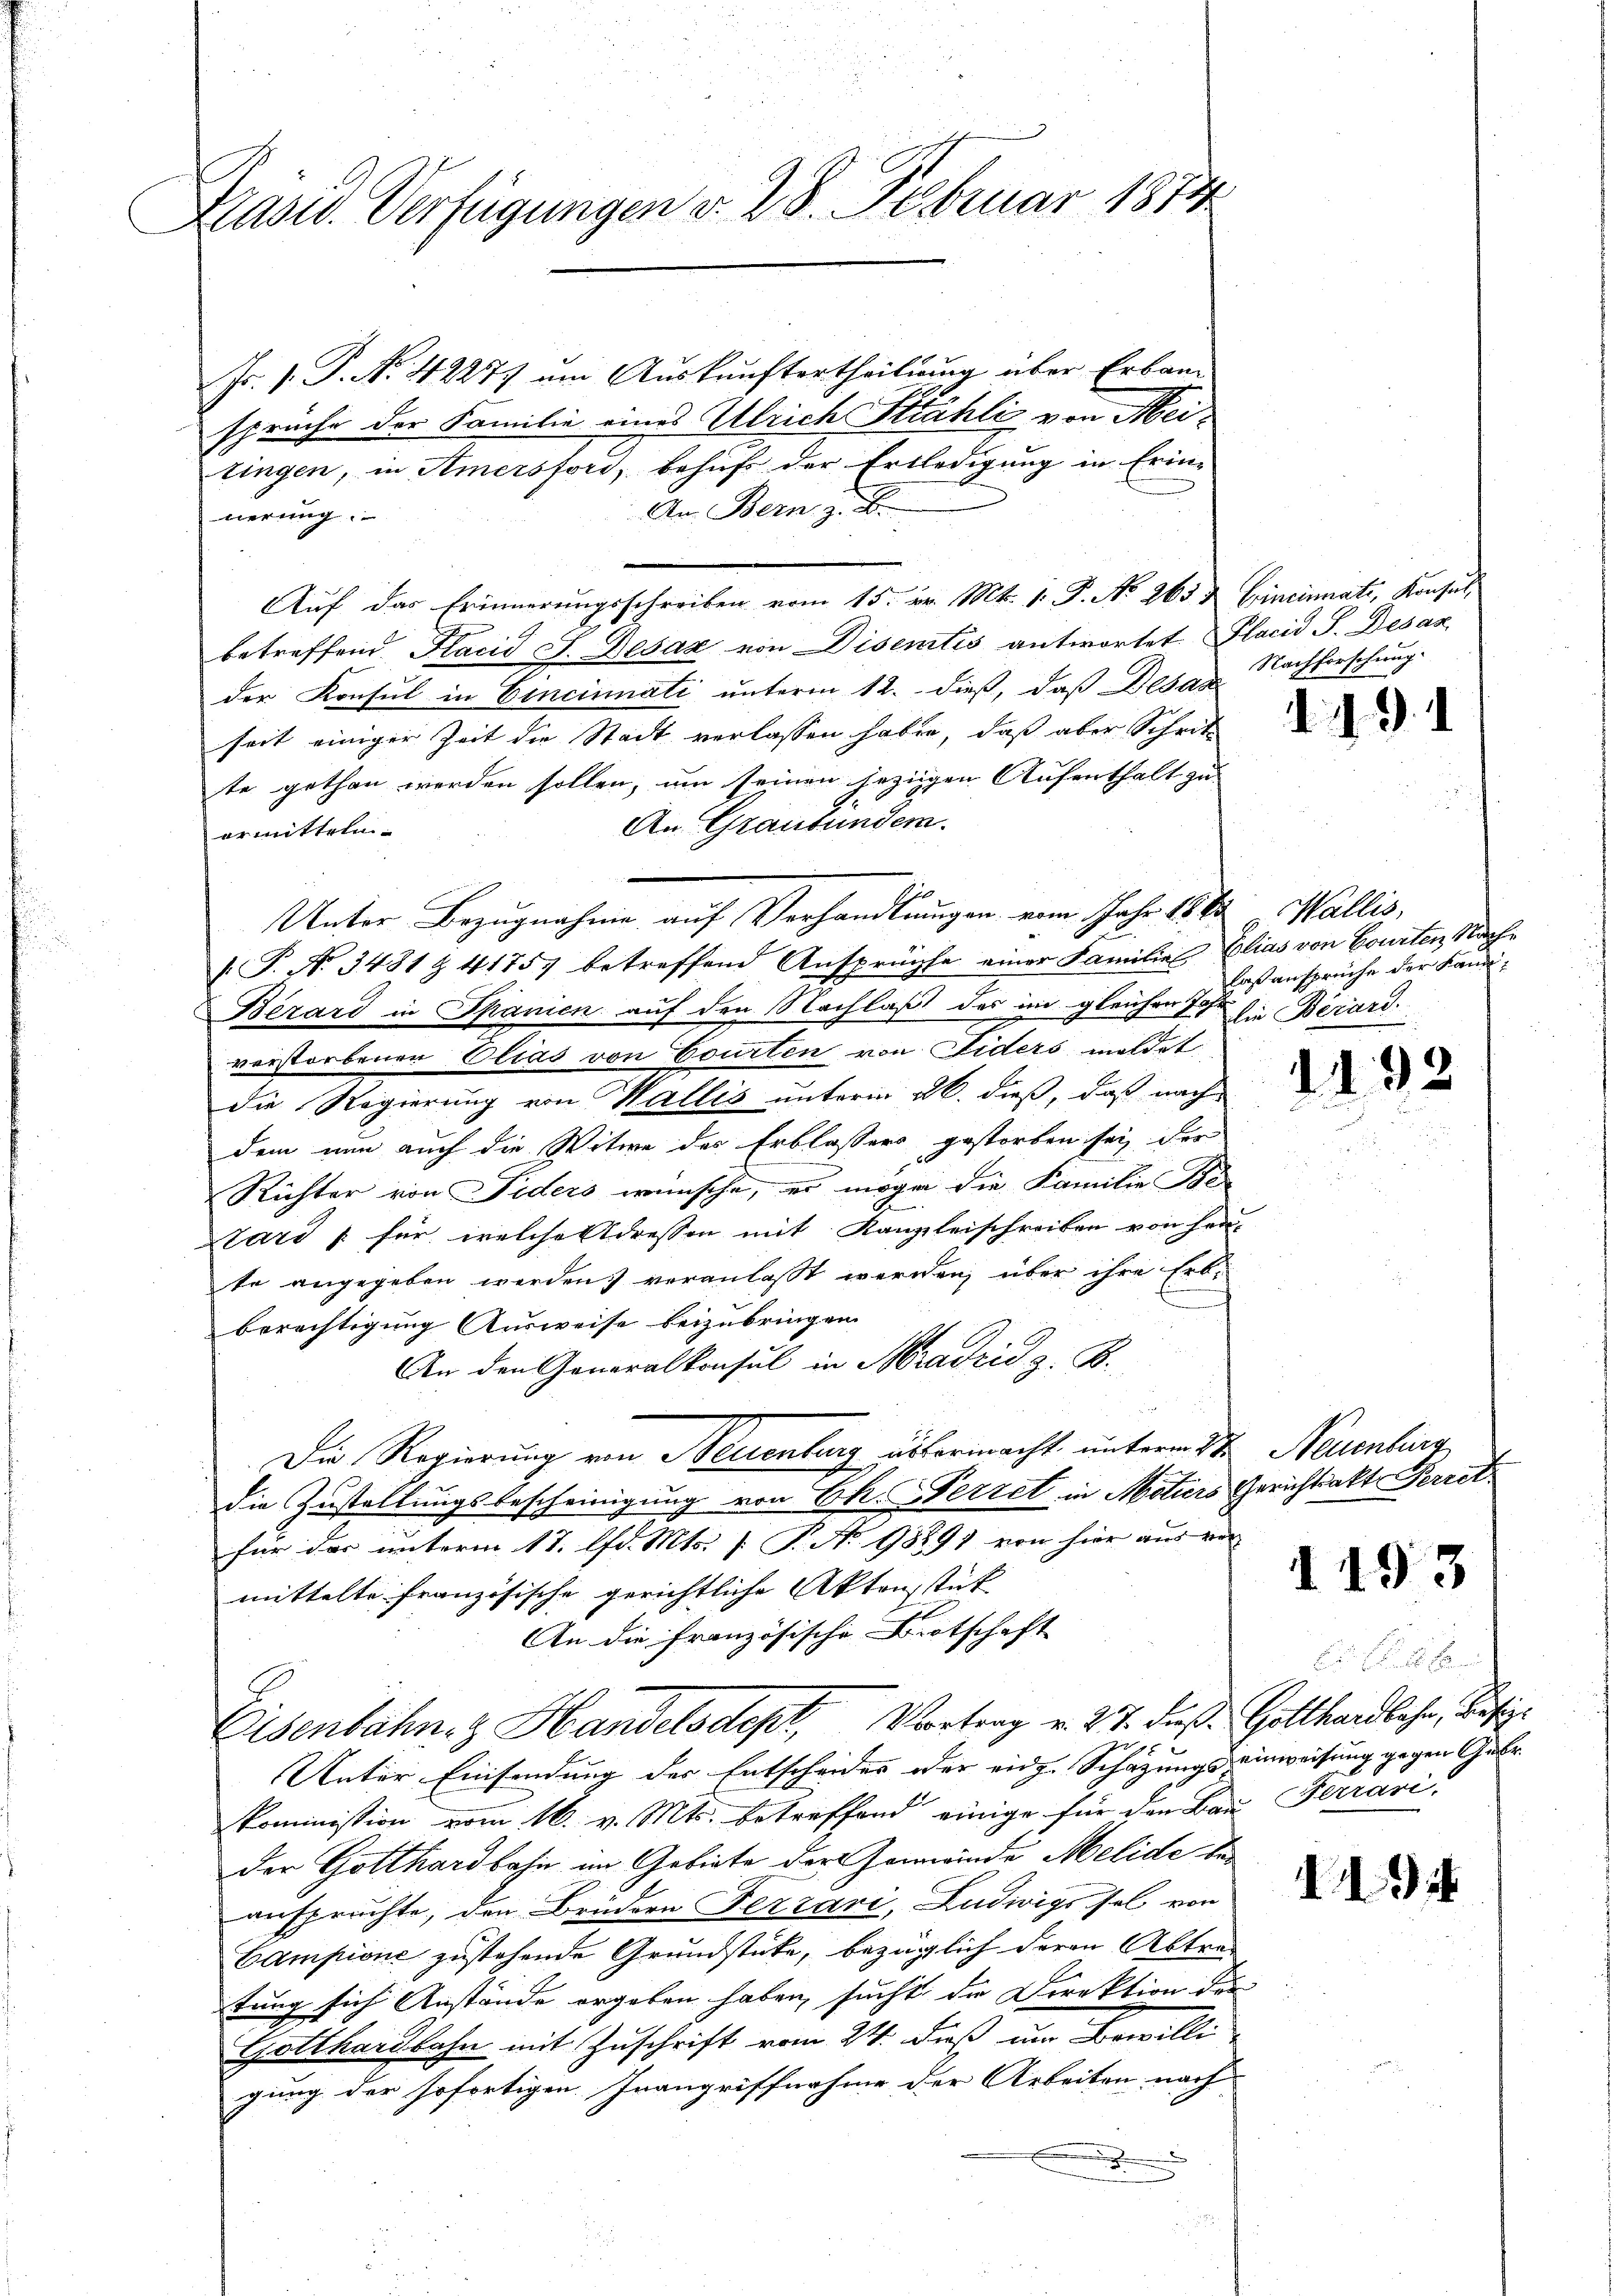
Kasu. Verfügungen d. 28. Februar 1874

Fr. 1. P. Nr. 4227) um Auskunftertheilung über Erbausprüche der Familie eines Ulrich Stähli von Meitingen, in Amersford, behuf der Entledigung in Erin-
An Bern z. B.
nerung.
Auf das Erinnerungsschreiben vom 15. d. Mts. 1. J. No 263 & Cincinati, Konsul,
betreffend Placid J. Desaz von Disentis antwortet. Placid S. Desaz
der Konsul in Cincinati unterm 12. dieß, daß Besan
seit einiger Zeit die Stadt verlassen haben, daß aber Schrit
te gethan werden sollen, um seinen jezigen Aufenthalt zu
An Graubünden.
ermitteln.
 P. No. 3481 Z 41757 betreffend Ansprüchte einer Familie Elias von Courten Nach¬
Bezárd in Spanien auf den Nachlaß des im gleichen Joh. sie Berardi
verstorbenen Elias von Courten von Fiders mildet
die Regierung von Wallis unterm 26. dieß, daß nach
dem nun auch die Witwe des Erblassers gestorben sey, der
Richter von Fiders wünsche, er mögen die Familie Ber
ard & für welche Adressen mit Kanzleischreiben von her-
te angegeben werden veranlasst werden, über ihre Erb-
berechtigung Ausweise beizubringen.
An den Generalkonsul in Aradzić z. B.
Die Regierung von Neuenburg übermacht, unterm 3ten Neuenburg
die Zustellungsbescheinigung von Ek. Feriet in Motiers Gerichtsakt Perret
für das unterm 17. d. Mts. [ P. Nr. 98891 von hier aus ver
mittelte französische gerichtliche Aktensstück
An die französische Botschaft
Eisenbahn. Handelsdept, Vortrag v. 27. daß Gotthardbahn, Besi
x
Unter Einsendung der Entscheides oder eidg. Schazungs einweisung gegen Gebr.
kommission vom 16. v. Mts. betreffend einige für den Bau Ferrari
der Gotthardbahn im Gebiete der Gewinde Melide de
ansprüchte, den Brüdern Fezzári, Ludwigs sel von
Campione zustehende Grundstücke, bezüglich deren Abtratung sich Anstände ergeben haben, sucht die Direktion der
Gotthardbahn mit Zuschrift vom 24. daß um Bewilli
gung der sofortigen Inangriffnahme der Arbeiten nach
.

Unter Bezugnahme auf Verhandlungen ein Jahr 188

Nachforschung.

.9.1

Wallis,
laßansprüche der Kan¬

1132

19

194